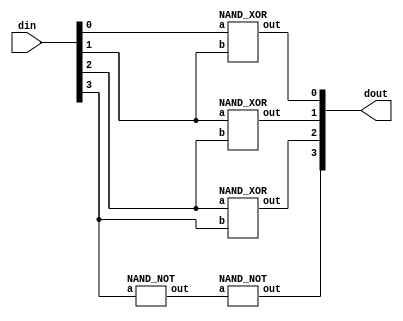
`timescale 1ns/1ps

module Binary_to_Grey (din, dout);
input [4-1:0] din;
output [4-1:0] dout;
wire dout3;

NAND_XOR bit0(dout[0], din[0], din[1]);
NAND_XOR bit1(dout[1], din[1], din[2]);
NAND_XOR bit2(dout[2], din[2], din[3]);
NAND_NOT bit3a(dout3, din[3]);
NAND_NOT bit3(dout[3], dout3);
endmodule


module NAND_NOT (out, a);
input a;
output out;

nand NOT(out, a, a);
endmodule


module NAND_AND (out, a, b);
input a,b;
output out;
wire negab;

nand AND1(negab, a, b);
NAND_NOT ANDab(out, negab);
endmodule


module NAND_OR (out, a, b);
input a,b;
output out;
wire nega, negb;

NAND_NOT na(nega, a);
NAND_NOT nb(negb, b);
nand nand1(out, nega, negb);
endmodule


module NAND_XOR (out, a, b);
input a,b;
output out;
wire nega, negb, andab, andab2;

NAND_NOT nota(nega, a);
NAND_NOT notb(negb, b);
nand nand1(andab, a, negb);
nand nand2(andab2, b, nega);
nand nand3(out, andab, andab2);
endmodule